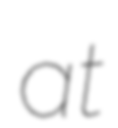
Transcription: at